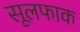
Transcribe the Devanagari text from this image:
सूलफाक